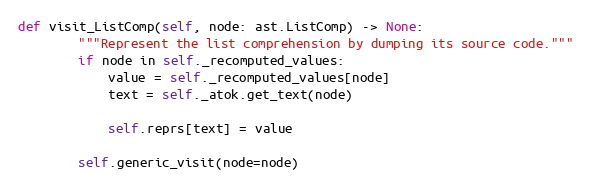
Language: Python
def visit_ListComp(self, node: ast.ListComp) -> None:
        """Represent the list comprehension by dumping its source code."""
        if node in self._recomputed_values:
            value = self._recomputed_values[node]
            text = self._atok.get_text(node)

            self.reprs[text] = value

        self.generic_visit(node=node)